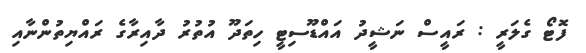
ފޮޓޯ ގެލަރީ : ރައީސް ނަޝީދު އައްޑޫސިޓީ ހިތަދޫ އުތުރު ދާއިރާގެ ރައްޔިތުންނާއި